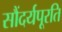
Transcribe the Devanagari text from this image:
सौंदर्यपूरति